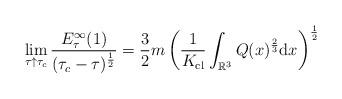
LaTeX: \begin{align*} \lim_{\tau\uparrow \tau_{c}} \frac{E_{\tau}^{\infty}(1)}{(\tau_c-\tau)^{\frac{1}{2}}} = \frac{3}{2}m\left(\frac{1}{K_{\rm cl}}\int_{\mathbb{R}^3}Q(x)^{\frac{2}{3}}{\rm d}x\right)^{\frac{1}{2}}\end{align*}